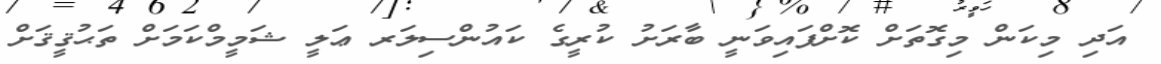
އަދި މިކަން މިގޮތަށް ކޮށްފައިވަނީ ބާރަށު ކުރީގެ ކައުންސިލަރ ޢަލީ ޝަމީމްކަމަށް ތަޙުޤީޤަށް